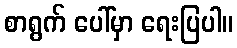
စာရွက် ပေါ်မှာ ရေးပြပါ။